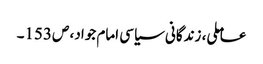
عاملی، زندگانی سیاسی امام جواد، ص153۔